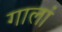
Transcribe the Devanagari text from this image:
गालां